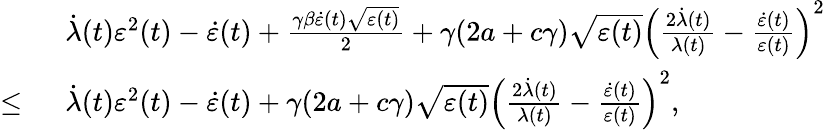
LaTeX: \begin{array}{rl}&{\dot{\lambda}(t)\varepsilon^{2}(t)-\dot{\varepsilon}(t)+\frac{\gamma\beta\dot{\varepsilon}(t)\sqrt{\varepsilon(t)}}{2}+\gamma(2a+c\gamma)\sqrt{\varepsilon(t)}\left(\frac{2\dot{\lambda}(t)}{\lambda(t)}-\frac{\dot{\varepsilon}(t)}{\varepsilon(t)}\right)^{2}}\\ {\leq\ }&{\dot{\lambda}(t)\varepsilon^{2}(t)-\dot{\varepsilon}(t)+\gamma(2a+c\gamma)\sqrt{\varepsilon(t)}\left(\frac{2\dot{\lambda}(t)}{\lambda(t)}-\frac{\dot{\varepsilon}(t)}{\varepsilon(t)}\right)^{2},}\end{array}